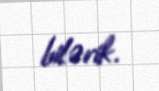
bilərik.